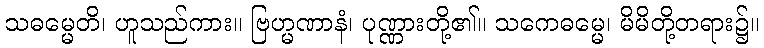
သဓမ္မေတိ၊ ဟူသည်ကား။ ဗြဟ္မဏာနံ၊ ပုဏ္ဏားတို့၏။ သကေဓမ္မေ၊ မိမိတို့တရား၌။